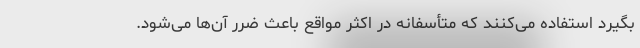
بگیرد استفاده می‌کنند که متأسفانه در اکثر مواقع باعث ضرر آن‌ها می‌شود.